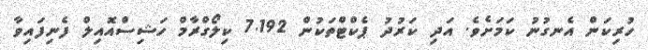
ހުރިކަން އެނގުނު ކަމަށެވެ. އަދި ކަރުދު ޕެކްޓްތަކުން 7.192 ކިލޯގްރާމް ހަޝިސްއޮއިލް ފެނިފައިވާ